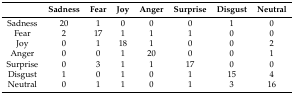
|  | Sadness | Fear | Joy | Anger | Surprise | Disgust | Neutral |
 | --- | --- | --- | --- | --- | --- | --- | --- |
 | Sadness | 20 | 1 | 0 | 0 | 0 | 1 | 0 |
 | Fear | 2 | 17 | 1 | 1 | 1 | 0 | 0 |
 | Joy | 0 | 1 | 18 | 1 | 0 | 0 | 2 |
 | Anger | 0 | 0 | 1 | 20 | 0 | 0 | 1 |
 | Surprise | 0 | 3 | 1 | 1 | 17 | 0 | 0 |
 | Disgust | 1 | 0 | 1 | 0 | 1 | 15 | 4 |
 | Neutral | 0 | 1 | 1 | 0 | 1 | 3 | 16 |